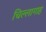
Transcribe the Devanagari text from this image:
चिल्लागाह